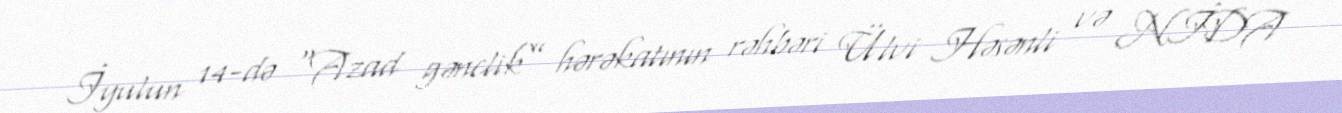
İyulun 14-də “Azad gənclik” hərəkatının rəhbəri Ülvi Həsənli və NİDA